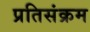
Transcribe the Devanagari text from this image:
प्रतिसंक्रम